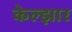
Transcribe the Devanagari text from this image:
केल्झार